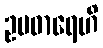
ဥပဓာရေဟိ